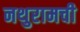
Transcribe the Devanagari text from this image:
नथुरामची